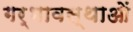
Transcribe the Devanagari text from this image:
गर्भावस्‍थाओं